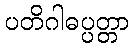
ပတိဂါဓပ္ပတ္တာ